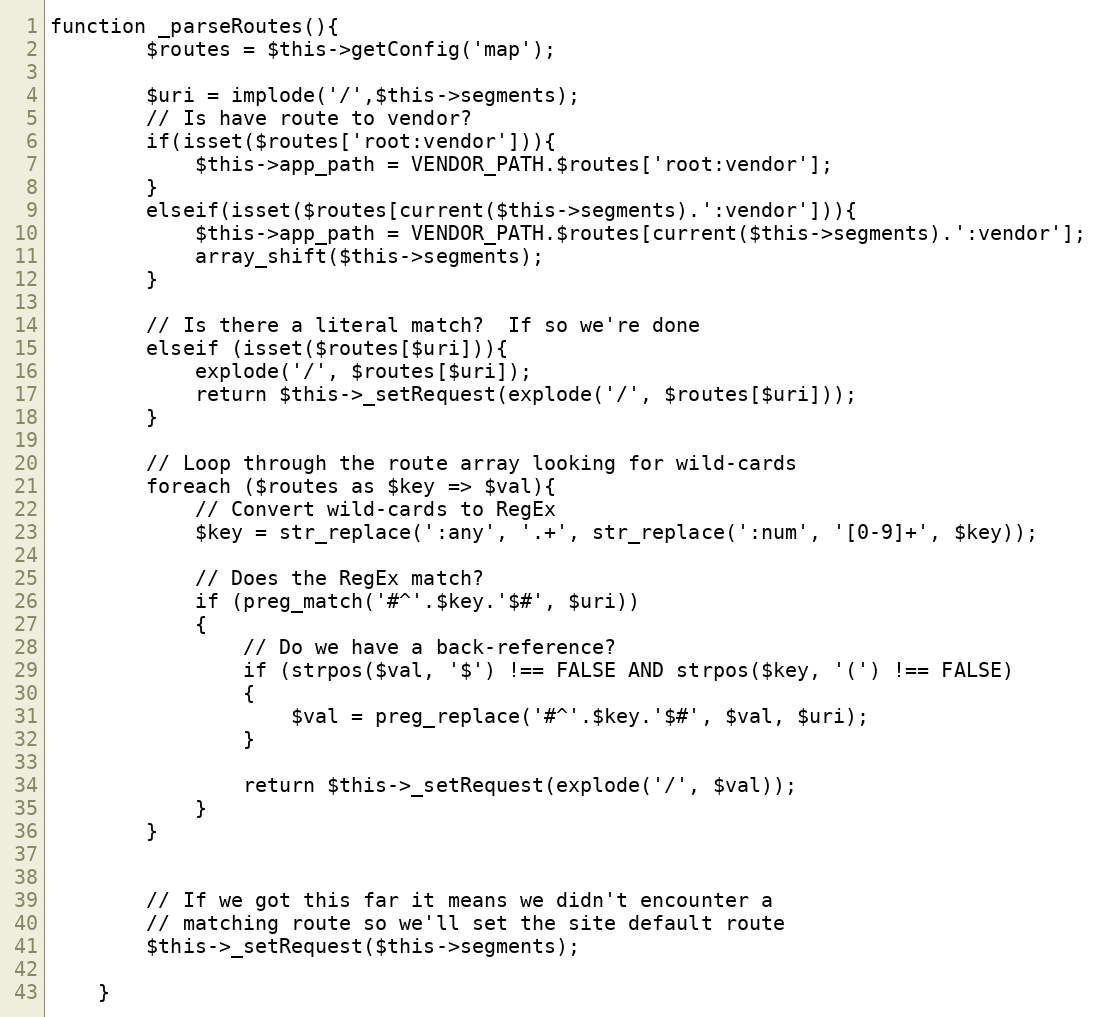
Language: PHP
function _parseRoutes(){
		$routes = $this->getConfig('map');

		$uri = implode('/',$this->segments);
		// Is have route to vendor?
		if(isset($routes['root:vendor'])){
			$this->app_path = VENDOR_PATH.$routes['root:vendor'];
		}
		elseif(isset($routes[current($this->segments).':vendor'])){
			$this->app_path = VENDOR_PATH.$routes[current($this->segments).':vendor'];
			array_shift($this->segments);
		}

		// Is there a literal match?  If so we're done
		elseif (isset($routes[$uri])){
			explode('/', $routes[$uri]);
			return $this->_setRequest(explode('/', $routes[$uri]));
		}

		// Loop through the route array looking for wild-cards
		foreach ($routes as $key => $val){
			// Convert wild-cards to RegEx
			$key = str_replace(':any', '.+', str_replace(':num', '[0-9]+', $key));

			// Does the RegEx match?
			if (preg_match('#^'.$key.'$#', $uri))
			{
				// Do we have a back-reference?
				if (strpos($val, '$') !== FALSE AND strpos($key, '(') !== FALSE)
				{
					$val = preg_replace('#^'.$key.'$#', $val, $uri);
				}

				return $this->_setRequest(explode('/', $val));
			}
		}

		// If we got this far it means we didn't encounter a
		// matching route so we'll set the site default route
		$this->_setRequest($this->segments);

	}